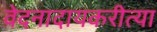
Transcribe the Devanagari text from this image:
वेदनादायकरीत्या